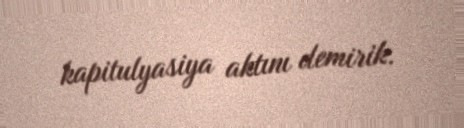
kapitulyasiya aktını demirik.